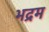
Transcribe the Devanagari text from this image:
भद्रम